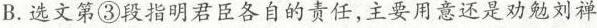
B.选文第③段指明君臣各自的责任，主要用意还是劝勉刘禅